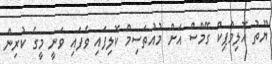
ޔޫތު އޮލިމްޕިކް ގޭމްސް އަށް މުއުތަސިމް ކޮލިފައި ވެފައި ވަނީ މީގެ ކުރިން